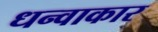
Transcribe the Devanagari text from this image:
धन्वाकार